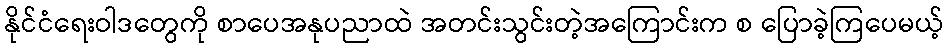
နိုင်ငံရေးဝါဒတွေကို စာပေအနုပညာထဲ အတင်းသွင်းတဲ့အကြောင်းက စ ပြောခဲ့ကြပေမယ့်